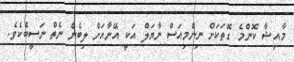
މާއިޝާ ކޮންމެ ގޮތަކަށް ނިންމިއަސް ނާޔަލް އަކީ އޭނާއަށް ލިބެން ނެތް ނަސީބެކެވެ.